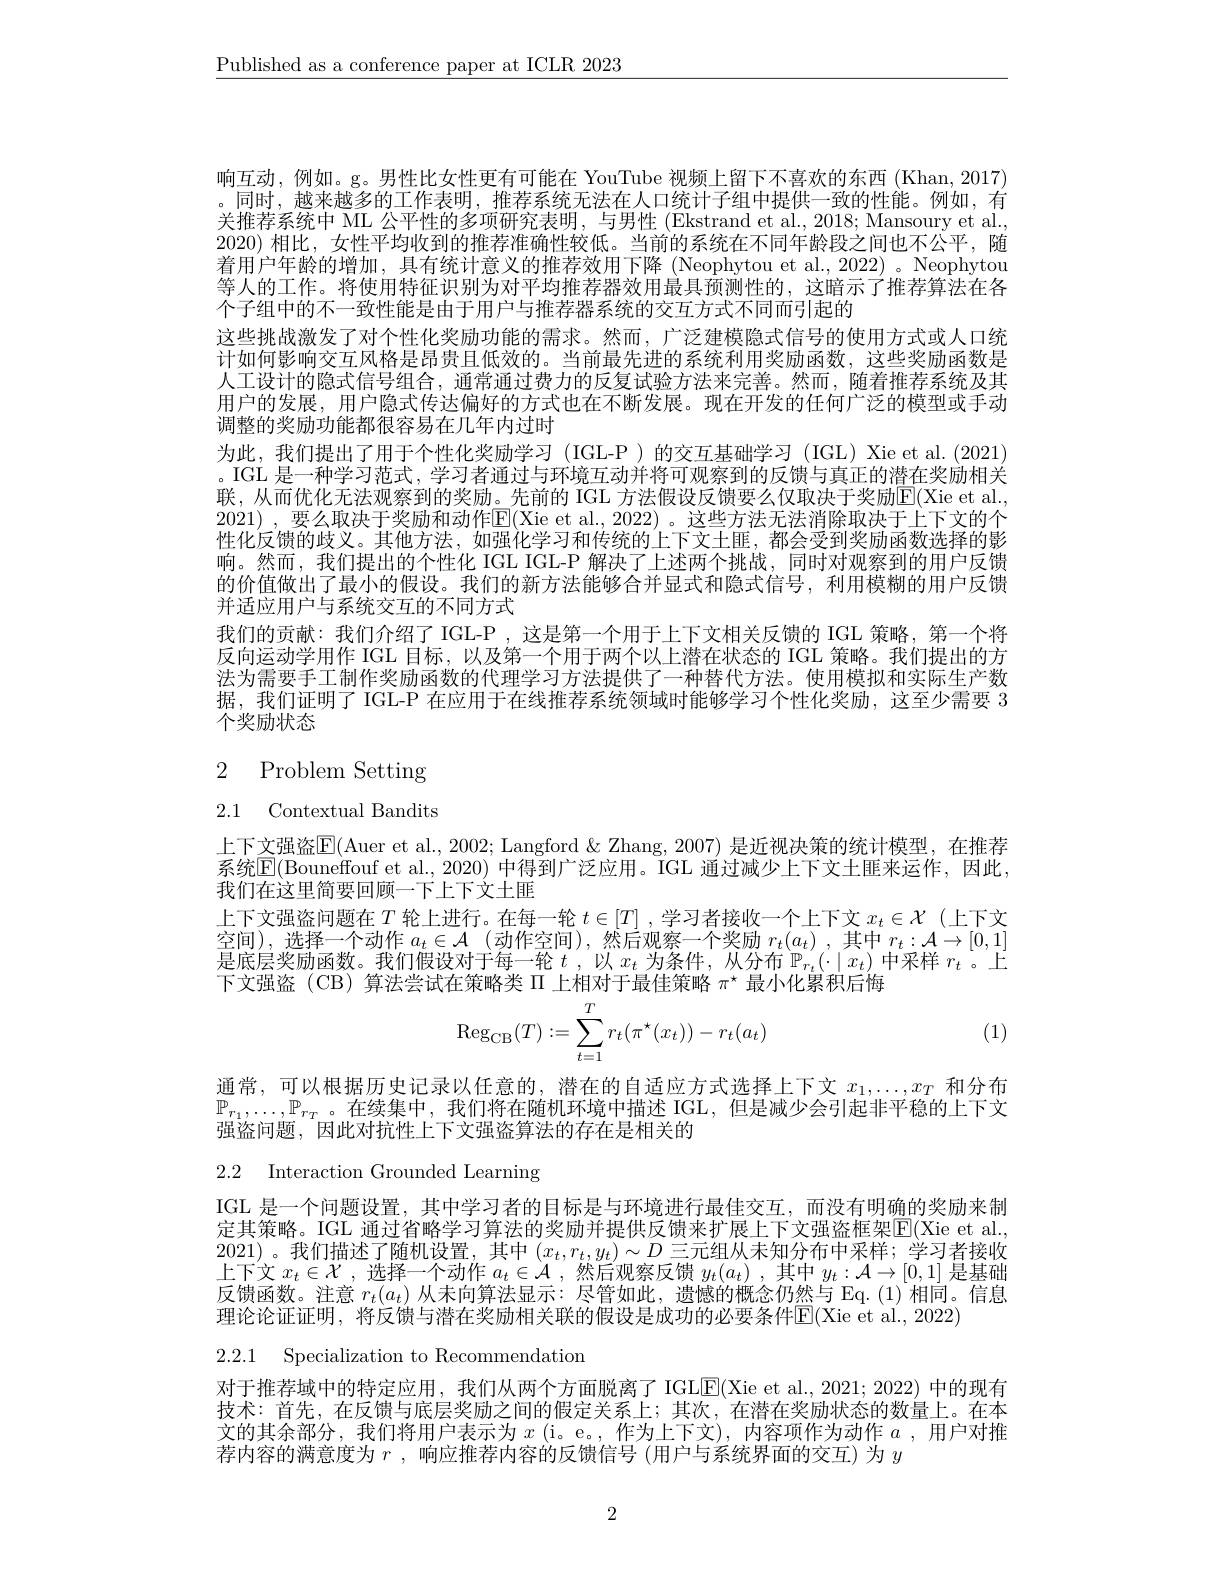
$\underline{\text{Published as a conference paper at ICLR 2023}}$

响互动，例如。g。男性比女性更有可能在 YouTube 视频上留下不喜欢的东西 (Khan, 2017) 。同时，越来越多的工作表明，推荐系统无法在人口统计子组中提供一致的性能。例如，有关推荐系统中 ML 公平性的多项研究表明，与男性 (Ekstrand et al., 2018; Mansoury et al., 2020)相比，女性平均收到的推荐准确性较低。当前的系统在不同年龄段之间也不公平，随着用户年龄的增加，具有统计意义的推荐效用下降(Neophytou et al.,2022) 。Neophytou 等人的工作。将使用特征识别为对平均推荐器效用最具预测性的，这暗示了推荐算法在各个子组中的不一致性能是由于用户与推荐器系统的交互方式不同而引起的
这些挑战激发了对个性化奖励功能的需求。然而，广泛建模隐式信号的使用方式或人口统计如何影响交互风格是昂贵且低效的。当前最先进的系统利用奖励函数，这些奖励函数是人工设计的隐式信号组合，通常通过费力的反复试验方法来完善。然而，随着推荐系统及其用户的发展，用户隐式传达偏好的方式也在不断发展。现在开发的任何广泛的模型或手动调整的奖励功能都很容易在几年内过时
为此，我们提出了用于个性化奖励学习(IGL-P)的交互基础学习(IGL)Xie et al.(2021) 。IGL 是一种学习范式，学习者通过与环境互动并将可观察到的反馈与真正的潜在奖励相关联，从而优化无法观察到的奖励。先前的 IGL 方法假设反馈要么仅取决于奖励$\mathbb{E}($Xie et al. 2021),要么取决于奖励和动作$\overline{\mathrm{E}}($Xie et al., 2022)。这些方法无法消除取决于上下文的个性化反馈的歧义。其他方法，如强化学习和传统的上下文土匪，都会受到奖励函数选择的影响。然而，我们提出的个性化 IGL IGL-P 解决了上述两个挑战，同时对观察到的用户反馈的价值做出了最小的假设。我们的新方法能够合并显式和隐式信号，利用模糊的用户反馈并适应用户与系统交互的不同方式
我们的贡献：我们介绍了 IGL-P ,这是第一个用于上下文相关反馈的 IGL 策略，第一个将反向运动学用作 IGL 目标，以及第一个用于两个以上潜在状态的 IGL 策略。我们提出的方法为需要手工制作奖励函数的代理学习方法提供了一种替代方法。使用模拟和实际生产数据，我们证明了 IGL-P 在应用于在线推荐系统领域时能够学习个性化奖励，这至少需要 3个奖励状态

# 2 Problem Setting

2.1 Contextual Bandits

上下文强盗$\mathbb{E}($Auer et al., 2002; Langford & Zhang, 2007) 是近视决策的统计模型，在推荐系统$\mathbb{E}($Bouneffouf et al., 2020) 中得到广泛应用。IGL 通过减少上下文土匪来运作，因此， 我们在这里简要回顾一下上下文土匪
上下文强盗问题在$T$轮上进行。在每一轮$t\in[T]$ ,学习者接收一个上下文$x_t\in\mathcal{X}$ (上下文空间),选择一个动作$a_t\in\mathcal{A}$ (动作空间),然后观察一个奖励$r_t(a_t)$,其中$r_t:\mathcal{A}\to[0,1]$ 是底层奖励函数。我们假设对于每一轮$t$ ,以$x_t$为条件，从分布$\mathbb{P}_r_t(\cdot|x_t)$中采样$r_t$ 。上下文强盗(CB)算法尝试在策略类$\Pi$上相对于最佳策略$\pi^\star$最小化累积后悔
$$\mathrm{Reg}_{\mathrm{CB}}(T):=\sum_{t=1}^Tr_t(\pi^\star(x_t))-r_t(a_t)$$
(1)

通常，可以根据历史记录以任意的，潜在的自适应方式选择上下文$x_1,\ldots,x_T$和分布$\mathbb{P}_{r_1},\ldots,\mathbb{P}_{r_T}$。在续集中，我们将在随机环境中描述 IGL,但是减少会引起非平稳的上下文强盗问题，因此对抗性上下文强盗算法的存在是相关的

2.2 Interaction Grounded Learning

IGL 是一个问题设置，其中学习者的目标是与环境进行最佳交互，而没有明确的奖励来制定其策略。IGL 通过省略学习算法的奖励并提供反馈来扩展上下文强盗框架$\overline{\mathrm{E}}($Xie et al. 2021)。我们描述了随机设置，其中$(x_t,r_t,y_t)\sim D$ 三元组从未知分布中采样；学习者接收上下文$x_t\in\mathcal{X}$ ,选择一个动作$a_t\in\mathcal{A}$ ,然后观察反馈$y_t(a_t)$ ,其中$y_t:\mathcal{A}\to[0,1]$是基础反馈函数。注意$r_t(a_t)$从未向算法显示：尽管如此，遗憾的概念仍然与 Eq.(1)相同。信息理论论证证明，将反馈与潜在奖励相关联的假设是成功的必要条件[E(Xie et al., 2022)]

2.2.1 Specialization to Recommendation

对于推荐域中的特定应用，我们从两个方面脱离了 IGL$\underline{\mathrm{E}}($Xie et al.,2021; 2022) 中的现有技术：首先，在反馈与底层奖励之间的假定关系上；其次，在潜在奖励状态的数量上。在本文的其余部分，我们将用户表示为$x$ (i。e。,作为上下文),内容项作为动作 $a$ ,用户对推荐内容的满意度为$r$ ,响应推荐内容的反馈信号 (用户与系统界面的交互)为$y$

2